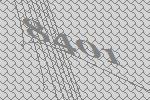
8401